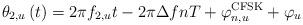
LaTeX: \begin{align*}{\theta _{2,u}}\left( t \right) = 2\pi {f_{2,u}}t - 2\pi \Delta fnT + \varphi _{n,u}^{{\rm{CFSK}}} + {\varphi _u}\end{align*}